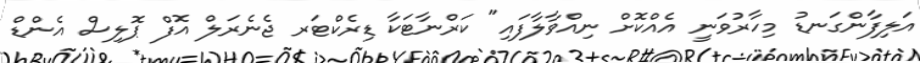
އަލިފާންގަނޑު މިހާރުވަނީ އެއްކޮށް ނިއްވާލާފައި" ކަރްނާޓަކާ ޑިރެކްޓަރ ޖެނެރަލް އޮފް ޕޮލިސް އެންޑް